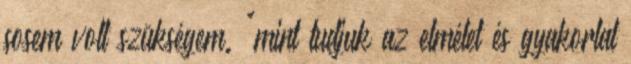
sosem volt szükségem. "mint tudjuk az elmélet és gyakorlat